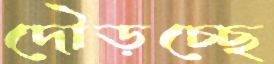
দৌড়চ্ছে